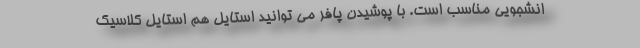
انشجویی مناسب است. با پوشیدن پافر می توانید استایل هم استایل کلاسیک